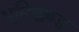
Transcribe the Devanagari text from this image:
भूमिखण्ड